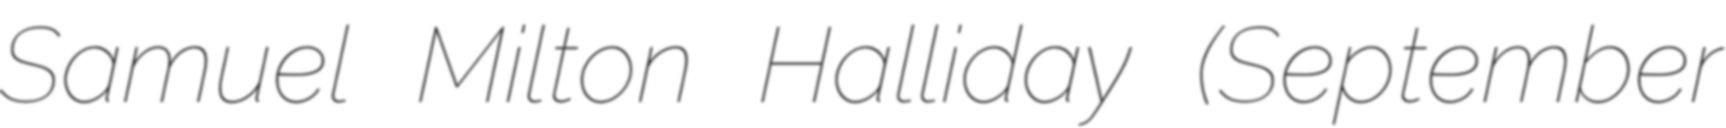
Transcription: Samuel Milton Halliday (September